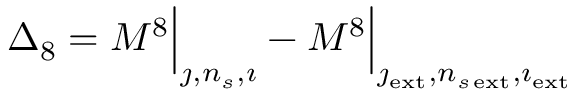
\Delta _ { 8 } = M ^ { 8 } \Big \vert _ { \jmath , n _ { s } , \imath } - M ^ { 8 } \Big \vert _ { \jmath _ { \mathrm { e x t } } , n _ { s \, \mathrm { e x t } } , \imath _ { \mathrm { e x t } } }